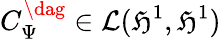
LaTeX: C_{\Psi}^{\dag}\in\mathcal{L}(\mathfrak{H}^{1},\mathfrak{H}^{1})